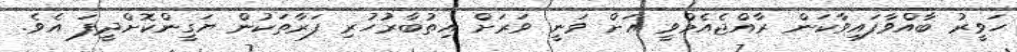
ހަވީރު ބާއްވާފައިވާކަން ރާއްޖެއެމްވީ އަށް ވަނީ ވަރަށް އިތުބާރުހުރި ފަރާތަކުން ޔަގީންކޮށްދީފަ އެވެ.